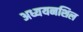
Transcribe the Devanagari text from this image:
अध्ययनशिल